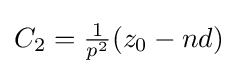
{\textstyle C_{2}={\frac {1}{p^{2}}}(z_{0}-nd)}